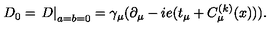
D _ { 0 } = \left. D \right| _ { a = b = 0 } = \gamma _ { \mu } ( \partial _ { \mu } - i e ( t _ { \mu } + C _ { \mu } ^ { ( k ) } ( x ) ) ) .